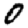
Digit: 0